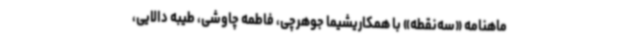
ماهنامه «سه‌نقطه» با همکاریشیما جوهرچی، فاطمه چاوشی، طیبه دالایی،